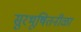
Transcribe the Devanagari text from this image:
सुरभूषितनीळा